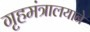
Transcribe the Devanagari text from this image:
गृहमंत्रालयाने